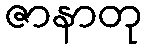
ဇာနာတု